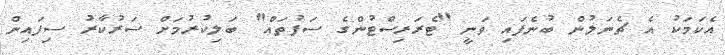
އެކަމަކު އެ ޗެނަލުން ބުނެފައި ވަނީ "ޓެރަރިސްޓުންގެ ސަފުތައް" ބަލިކުރުމަށް ސަރުކާރު ސިފައިން